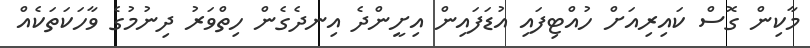
މާކިން ގޮސް ކައިރިއަށް ހުއްޓިފައި އުޑަފައިން އިށީންދެ އިނދެގެން ހިތްވަރު ދިނުމުގެ ވާހަކަތަކެއް